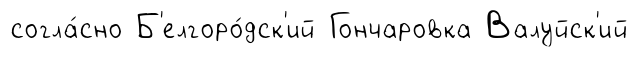
согла́сно Б'елгоро́дск'ий Гончаровка Валуйск'ий